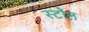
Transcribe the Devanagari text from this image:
स्टॉेल